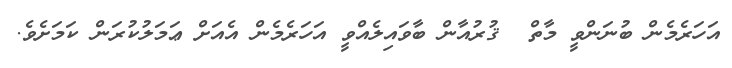
އަހަރެމެން ބުނަންވީ މާތް  ޤުރުއާން ބާވައިލެއްވީ އަހަރެމެން އެއަށް ޢަމަލުކުރަން ކަމަށެވެ.